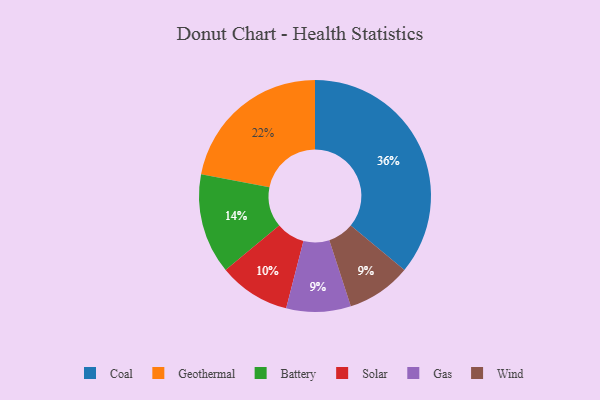
{"axis": {"x": "Category", "y": "Percentage"}, "legend": ["Battery", "Coal", "Gas", "Geothermal", "Solar", "Wind"], "data": [{"x": "Battery", "y": 14, "type": "Battery"}, {"x": "Gas", "y": 9, "type": "Gas"}, {"x": "Solar", "y": 10, "type": "Solar"}, {"x": "Geothermal", "y": 22, "type": "Geothermal"}, {"x": "Coal", "y": 36, "type": "Coal"}, {"x": "Wind", "y": 9, "type": "Wind"}]}